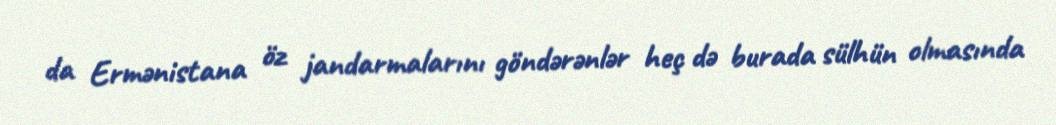
da Ermənistana öz jandarmalarını göndərənlər heç də burada sülhün olmasında